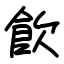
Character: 飮